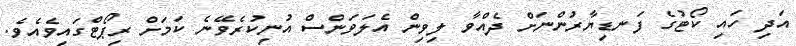
އަދި ހައި ކޯޓުގެ ފަނޑިޔާރުންނަށް ދެއްވާ ލިވިން އެލަވަންސް އުނިކުރެވޭނެ ކަމަށް ރިޕޯޓްގައިވެއެވެ.